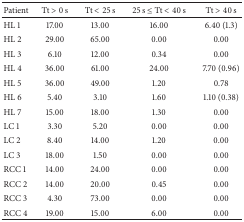
| Patient | Tt > 0 s | Tt < 25 s | 25 s ≤ Tt < 40 s | Tt > 40 s |
 | --- | --- | --- | --- | --- |
 | HL 1 | 17.00 | 13.00 | 16.00 | 6.40 (1.3) |
 | HL 2 | 29.00 | 65.00 | 0.00 | 0.00 |
 | HL 3 | 6.10 | 12.00 | 0.34 | 0.00 |
 | HL 4 | 36.00 | 61.00 | 24.00 | 7.70 (0.96) |
 | HL 5 | 36.00 | 49.00 | 1.20 | 0.78 |
 | HL 6 | 5.40 | 3.10 | 1.60 | 1.10 (0.38) |
 | HL 7 | 15.00 | 18.00 | 1.30 | 0.00 |
 | LC 1 | 3.30 | 5.20 | 0.00 | 0.00 |
 | LC 2 | 8.40 | 14.00 | 1.20 | 0.00 |
 | LC 3 | 18.00 | 1.50 | 0.00 | 0.00 |
 | RCC 1 | 14.00 | 24.00 | 0.00 | 0.00 |
 | RCC 2 | 14.00 | 20.00 | 0.45 | 0.00 |
 | RCC 3 | 4.30 | 73.00 | 0.00 | 0.00 |
 | RCC 4 | 19.00 | 15.00 | 6.00 | 0.00 |